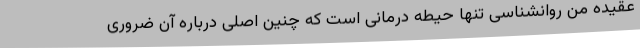
عقیده من روانشناسی تنها حیطه درمانی است که چنین اصلی درباره آن ضروری